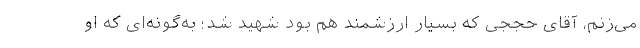
می‌زنم، آقای حججی که بسیار ارزشمند هم بود شهید شد؛ به‌گونه‌ای که او